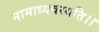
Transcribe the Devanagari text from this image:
नामाध्यवस्यति।।